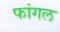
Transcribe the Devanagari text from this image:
फांगल